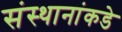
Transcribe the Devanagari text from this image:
संस्थानांकडे